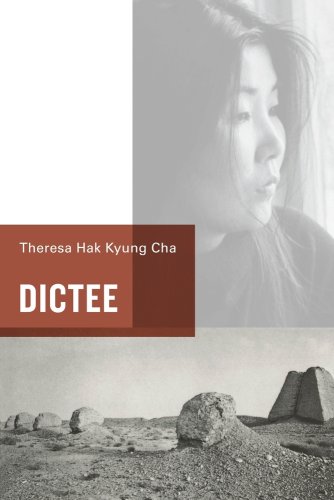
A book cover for Dictee; Theresa Hak Kyung Cha; Literature & Fiction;